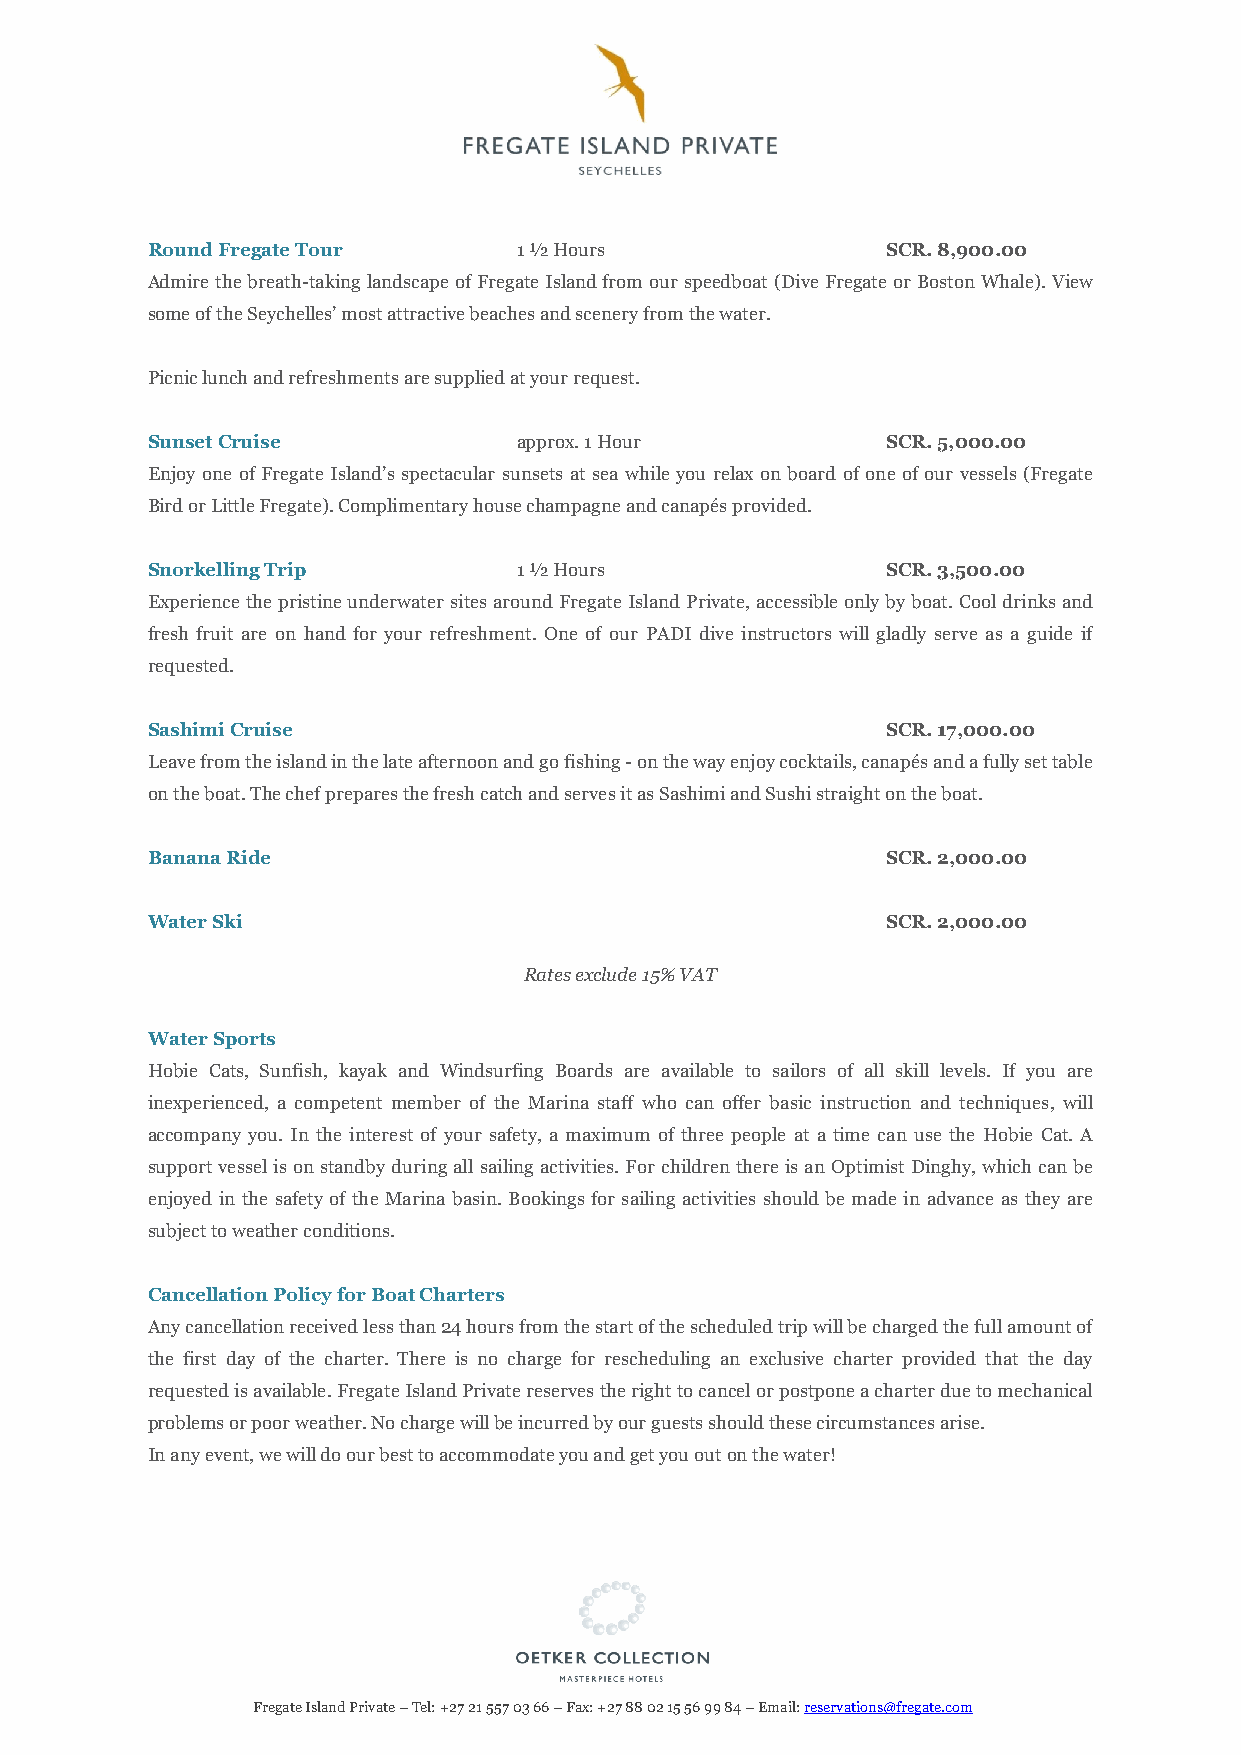
Round Fregate Tour      1 ½ Hours                SCR. 8,900.00
 Admire the breath-taking landscape of Fregate Island from our speedboat (Dive Fregate or Boston Whale). View
 some of the Seychelles’ most attractive beaches and scenery from the water.
 Picnic lunch and refreshments are supplied at your request.
 Sunset Cruise           approx. 1 Hour           SCR. 5,000.00
 Enjoy one of Fregate Island’s spectacular sunsets at sea while you relax on board of one of our vessels (Fregate
 Bird or Little Fregate). Complimentary house champagne and canapés provided.
 Snorkelling Trip        1 ½ Hours                SCR. 3,500.00
 Experience the pristine underwater sites around Fregate Island Private, accessible only by boat. Cool drinks and
 fresh fruit are on hand for your refreshment. One of our PADI dive instructors will gladly serve as a guide if
 requested.
 Sashimi Cruise                                   SCR. 17,000.00
 Leave from the island in the late afternoon and go fishing - on the way enjoy cocktails, canapés and a fully set table
 on the boat. The chef prepares the fresh catch and serves it as Sashimi and Sushi straight on the boat.
 Banana Ride                                      SCR. 2,000.00
 Water Ski                                        SCR. 2,000.00
 Rates exclude 15% VAT
 Water Sports
 Hobie Cats, Sunfish, kayak and Windsurfing Boards are available to sailors of all skill levels. If you are
 inexperienced, a competent member of the Marina staff who can offer basic instruction and techniques, will
 accompany you. In the interest of your safety, a maximum of three people at a time can use the Hobie Cat. A
 support vessel is on standby during all sailing activities. For children there is an Optimist Dinghy, which can be
 enjoyed in the safety of the Marina basin. Bookings for sailing activities should be made in advance as they are
 subject to weather conditions.
 Cancellation Policy for Boat Charters
 Any cancellation received less than 24 hours from the start of the scheduled trip will be charged the full amount of
 the first day of the charter. There is no charge for rescheduling an exclusive charter provided that the day
 requested is available. Fregate Island Private reserves the right to cancel or postpone a charter due to mechanical
 problems or poor weather. No charge will be incurred by our guests should these circumstances arise.
 In any event, we will do our best to accommodate you and get you out on the water!
 Fregate Island Private – Tel: +27 21 557 03 66 – Fax: +27 88 02 15 56 99 84 – Email: reservations@fregate.com